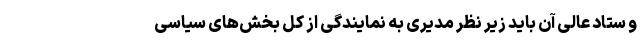
و ستاد عالی آن باید زیر نظر مدیری به نمایندگی از کل بخش‌های سیاسی